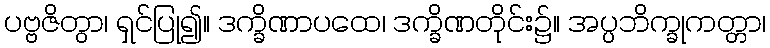
ပဗ္ဗဇိတွာ၊ ရှင်ပြု၍။ ဒက္ခိဏာပထေ၊ ဒက္ခိဏတိုင်း၌။ အပ္ပဘိက္ခုကတ္တာ၊